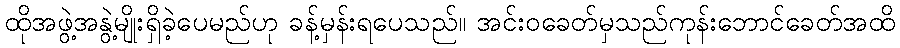
ထိုအဖွဲ့အနွဲ့မျိုးရှိခဲ့ပေမည်ဟု ခန့်မှန်းရပေသည်။ အင်းဝခေတ်မှသည်ကုန်းဘောင်ခေတ်အထိ